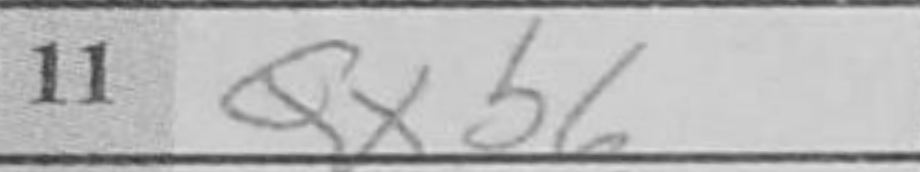
Transcription: Qxb6